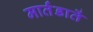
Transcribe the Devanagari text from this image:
मार्तंडातें